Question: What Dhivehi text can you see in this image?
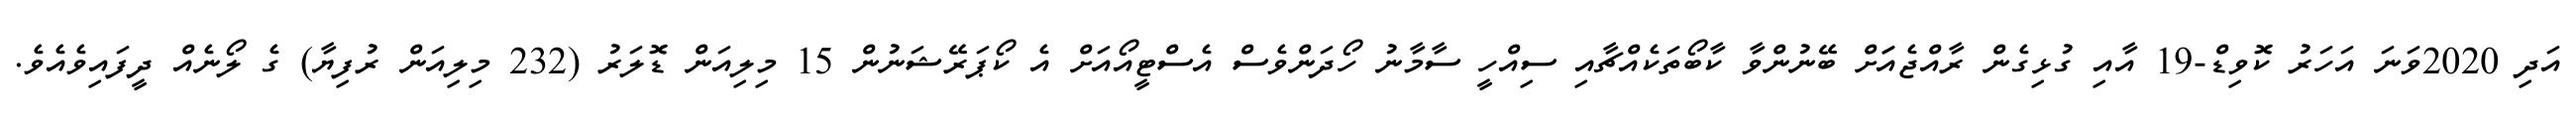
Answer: އަދި 2020ވަނަ އަހަރު ކޮވިޑް-19 އާއި ގުޅިގެން ރާއްޖެއަަށް ބޭނުންވާ ކާބޯތަކެއްޗާއި ސިއްހީ ސާމާނު ހޯދަންވެސް އެސްޓީއޯއަށް އެ ކޯޕަރޭޝަނުން 15 މިލިއަން ޑޮލަރު (232 މިލިއަން ރުފިޔާ) ގެ ލޯނެއް ދީފައިވެއެވެ.